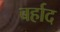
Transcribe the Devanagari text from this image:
बर्हाद